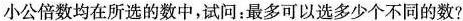
小公倍数均在所选的数中，试问：最多可以选多少个不同的数?